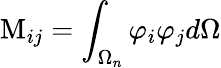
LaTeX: \mathrm{M}_{ij}=\int_{\Omega_{n}}\varphi_{i}\varphi_{j}d\Omega